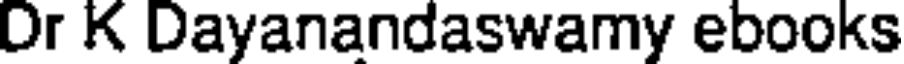
Dr K Dayanandaswamy ebooks